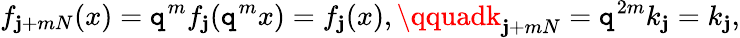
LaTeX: f_{\mathbf{j}+mN}(x)=\mathtt{q}^{m}f_{\mathbf{j}}(\mathtt{q}^{m}x)=f_{\mathbf{j}}(x),\qquadk_{\mathbf{j}+mN}=\mathtt{q}^{2m}k_{\mathbf{j}}=k_{\mathbf{j}},